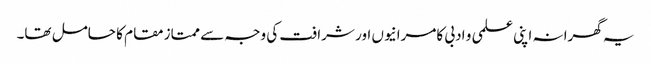
یہ گھرانہ اپنی علمی و ادبی کامرانیوں اور شرافت کی وجہ سے ممتاز مقام کا حامل تھا۔